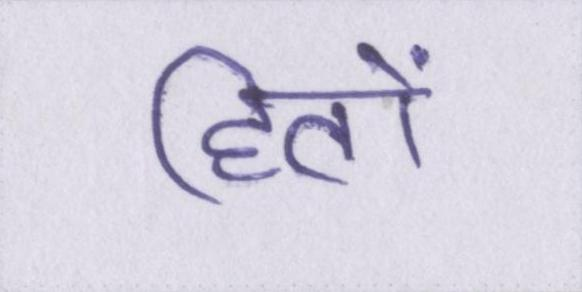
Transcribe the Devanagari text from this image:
हितों